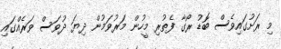
މި ރަށުގައިވެސް ބޮޑު ރޯގާ ފެތުރި މީހުން މަރުވަމުން ދިޔަ ދުވަސް ވަރެއްގައި